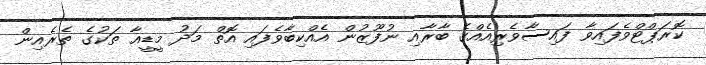
ކޮރަޕްޓްވެފައިވާ ފައިސާވެރިއެއްގެ ބާރާއި ނުފޫޒުން އެއްކިބާވެފައި އޮތް މަދު މީޑީއާ ތަކުގެ ތެރެއިން